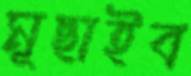
মুছাইব